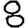
Digit: 8